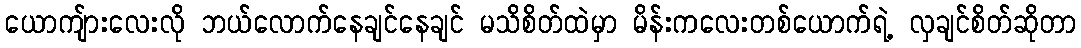
ယောကျ်ားလေးလို ဘယ်လောက်နေချင်နေချင် မသိစိတ်ထဲမှာ မိန်းကလေးတစ်ယောက်ရဲ့ လှချင်စိတ်ဆိုတာ